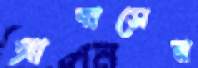
আবাসের